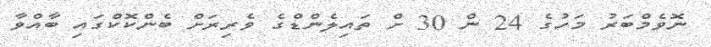
ނޮވެމްބަރު މަހުގެ 24 ން 30 ށް ތައިލެންޑްގެ ވެރިރަށް ބެންކޮކްގައި ބާއްވާ